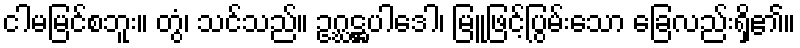
ငါမမြင်စဘူး။ တွံ၊ သင်သည်။ ဥဂ္ဃဋ္ဌပါဒေါ၊ မြူဖြင့်ပြွမ်းသော ခြေလည်းရှိ၏။